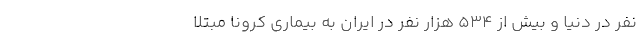
نفر در دنیا و بیش از ۵۳۴ هزار نفر در ایران به بیماری کرونا مبتلا